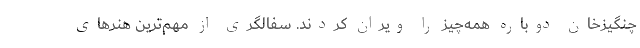
چنگیزخان دوباره همه‌چیز را ویران کردند. سفالگری از مهم‌ترین هنرهای